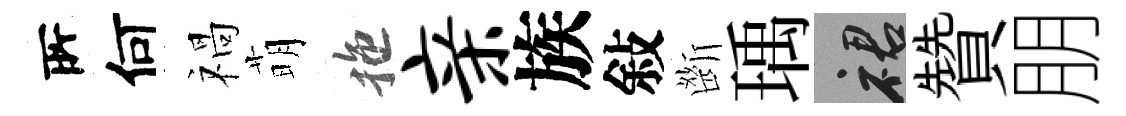
𠩄何禍萌拖亲族敍㫁瑀裙贊朋